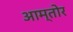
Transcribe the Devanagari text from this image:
आम्तोर